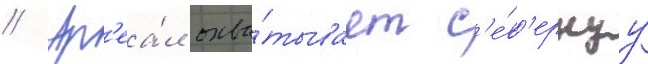
// Ар'еа́л охва́тывает с'е́в'ернуу